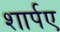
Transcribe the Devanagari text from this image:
शार्पए